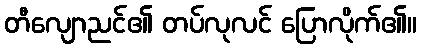
တီလျောညင်၏ တပ်လုလင် ပြောလိုက်၏။